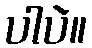
ပါပဲ။